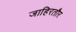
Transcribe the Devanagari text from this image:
जाहिरतौर